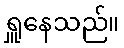
ရှူနေသည်။